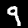
Label: 9